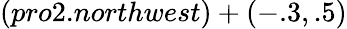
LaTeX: (pro2.northwest)+(-.3,.5)